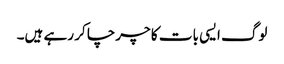
لوگ ایسی بات کا چرچا کر رہے ہیں۔